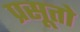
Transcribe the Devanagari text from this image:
प्रसूतो